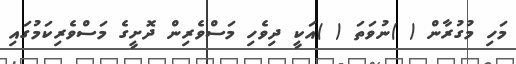
މަހި މުގުރާން ( )ނުވަތަ ( )އަކީ ދިވެހި މަސްވެރިން ދޮށީގެ މަސްވެރިކަމުގައި